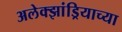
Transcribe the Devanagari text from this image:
अलेक्झांड्रियाच्या